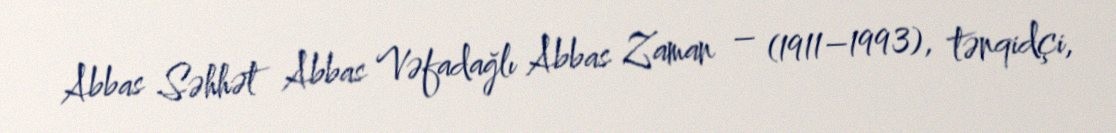
Abbas Səhhət Abbas Vəfadağlı Abbas Zaman – (1911–1993), tənqidçi,